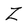
Character: Z